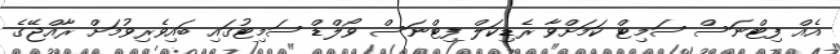
އެއް ފިޓްނަސް ސަމިޓް ކަމަށްވާ ރެޑިކަލް ފިޓްނަސް ވޯލްޑް ސަމިޓުގައި ބައިވެރިވުމަށް ރާއްޖޭގެ